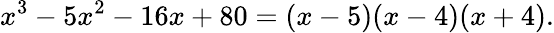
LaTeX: x^{3}-5x^{2}-16x+80=(x-5)(x-4)(x+4).